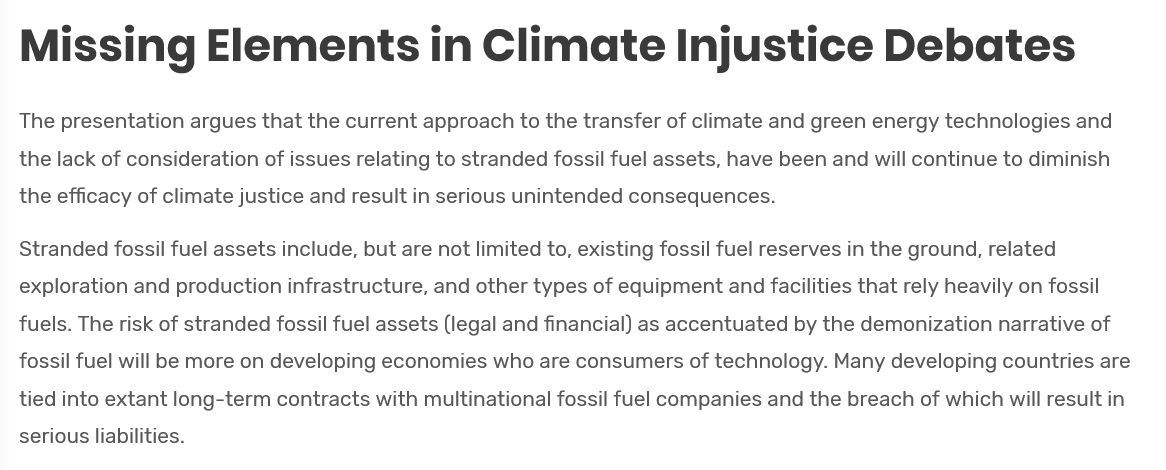
Missing    Elements    in    Climate    Injustice    Debates
  The presentation argues that the current approach to the transfer of climate and green energy technologies and
  the lack of consideration of issues relating to stranded fossil fuel assets, have been and will continue to diminish
  the efficacy of climate justice and result in serious unintended consequences.
  Stranded fossil fuel assets include, but are not limited to, existing fossil fuel reserves in the ground, related
  exploration and production infrastructure, and other types of equipment and facilities that rely heavily on fossil
  fuels. The risk of stranded fossil fuel assets (legal and financial) as accentuated by the demonization narrative of
  fossil fuel will be more on developing economies who are consumers of technology. Many developing countries are
  tied into extant long-term contracts with multinational fossil fuel companies and the breach of which will result in
  serious liabilities.